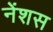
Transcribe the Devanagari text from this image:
नेंशस